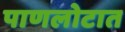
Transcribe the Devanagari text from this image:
पाणलोटात